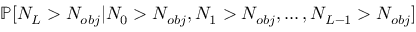
\mathbb { P } [ N _ { L } > N _ { o b j } | N _ { 0 } > N _ { o b j } , N _ { 1 } > N _ { o b j } , \dots , N _ { L - 1 } > N _ { o b j } ]